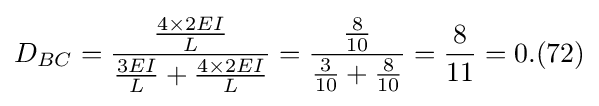
D_{BC}={\frac {\frac {4\times 2EI}{L}}{{\frac {3EI}{L}}+{\frac {4\times 2EI}{L}}}}={\frac {\frac {8}{10}}{{\frac {3}{10}}+{\frac {8}{10}}}}={\frac {8}{11}}=0.(72)